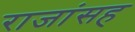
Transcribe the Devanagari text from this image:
राजांसह